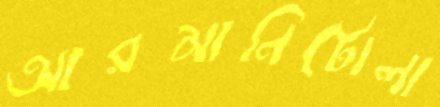
আরমানিটোলা